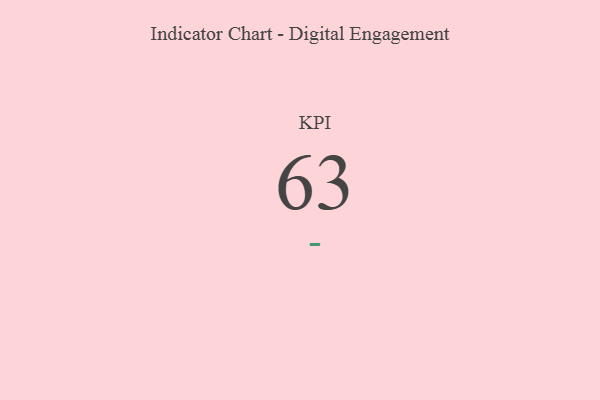
{"axis": {"x": "KPI", "y": "Value"}, "legend": [""], "data": [{"x": "KPI", "y": 63, "type": ""}]}